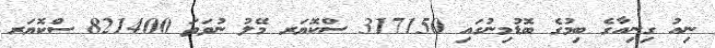
ނިއު ގިނިއާގެ ބިމުގެ ބޮޑުމިނުގައި 317150 ސްކޮޔަރ މޭލު ނުވަތަ 821400 ސްކޮޔަރ